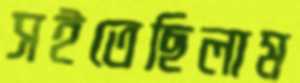
সইতেছিলাম